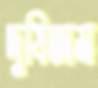
দুষিতাম